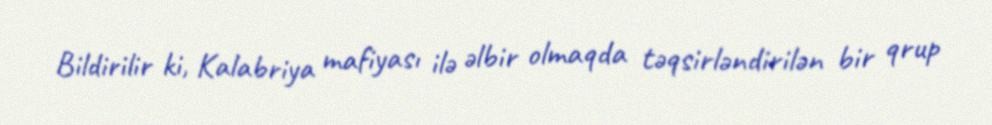
Bildirilir ki, Kalabriya mafiyası ilə əlbir olmaqda təqsirləndirilən bir qrup